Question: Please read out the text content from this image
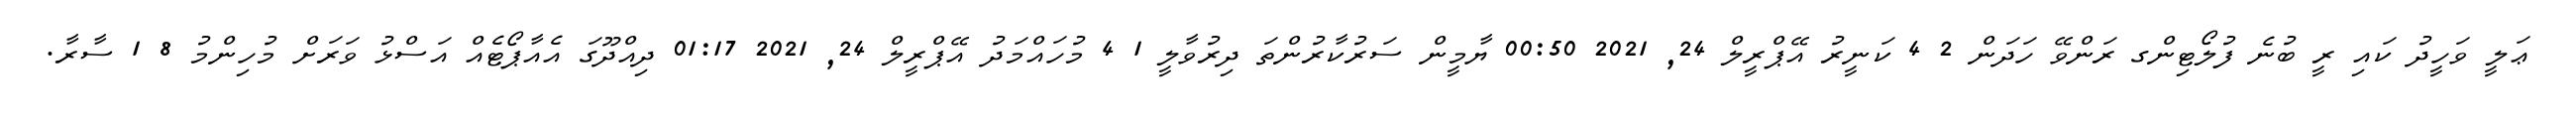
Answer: ޢަލީ ވަހީދު ކައި ރީ ބުނެ ފުލޯޓިންގ ރަންވޭ ހަދަން 2 4 ކަނީރު އޭޕްރީލް 24, 2021 00:50 ޔާމީން ސަރުކާރުންތަ ދިރުވާލީ 1 4 މުހައްމަދު އޭޕްރީލް 24, 2021 01:17 ދިއްދޫގަ އެއާޕޯޓެއް އަސްޅު ވަރަށް މުހިންމު 8 1 ސާރާ.